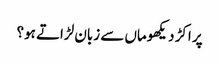
پر اکڑ دیکھوماں سے زبان لڑاتے ہو؟